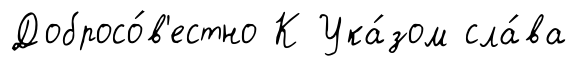
Добросо́в'естно К Ука́зом сла́ва